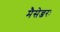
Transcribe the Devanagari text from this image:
मैसेन्जरः